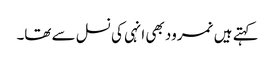
کہتے ہیں نمرود بھی انہی کی نسل سے تھا۔